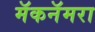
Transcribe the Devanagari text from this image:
मॅकनॅमरा